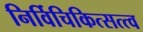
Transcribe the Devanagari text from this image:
निर्विचिकित्सत्त्व